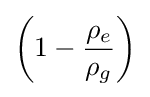
\left(1-{\frac {\rho _{e}}{\rho _{g}}}\right)